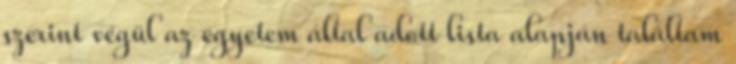
szerint végül az egyetem által adott lista alapján találtam